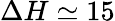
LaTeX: \Delta H\simeq 15